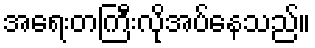
အရေးတကြီးလိုအပ်နေသည်။